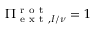
\Pi _ { \mathrm { ~ e ~ x ~ t ~ } , I / \nu } ^ { \mathrm { ~ r ~ o ~ t ~ } } = 1